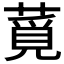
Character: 𦸡